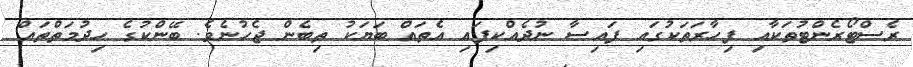
ރެސްޓޯރެންޓުތަކާއި ފިހާރަތަކުގައި ފައިސާ ނުދެއްކިފައި އެތައް ބަޔަކު ތިބެން ޖެހުނެވެ. ބޭންކުގެ ހިދުމަތްތައް